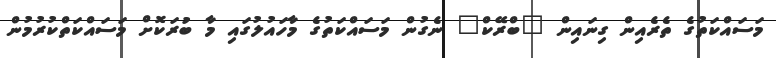
މަސައްކަތުގެ ތެރެއިން ގިނައިން "ބްރޭކް" ނެގުން މަސައްކަތުގެ މާހައުލުގައި މާ ބުރަކޮށް މަސައްކަތްކުރުމުން